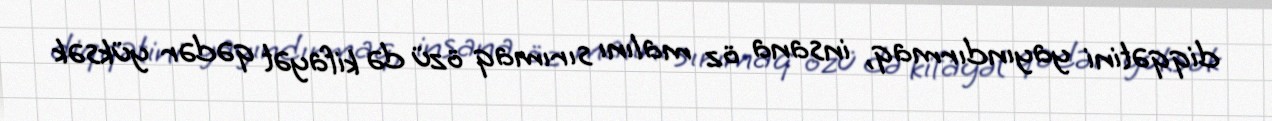
diqqətini yayındırmaq, insana öz malını sırımaq özü də kifayət qədər yüksək